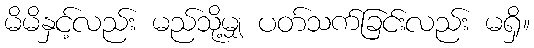
မိမိနှင့်လည်း မည်သို့မျှ ပတ်သက်ခြင်းလည်း မရှိ။